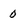
Character: 0